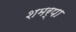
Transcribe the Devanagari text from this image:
शमर्पा